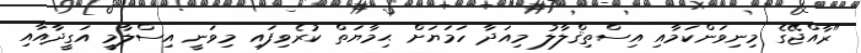
"ރާއްޖޭގެ މިނިވަންކަމާއި އިސްތިޤްލާލު މިއަދާ ހަމަޔަށް ޙިމާޔަތް ކުރެވިފައި މިވަނީ އިސްލާމީ އަގީދާއާއި